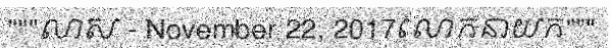
"""លាស - November 22, 2017លោកនាយក"""